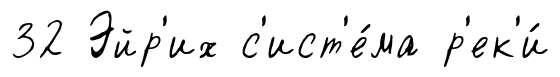
32 Эйр'их с'ист'е́ма р'ек'и́